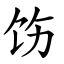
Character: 饬